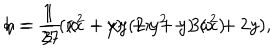
LaTeX: h = \frac { 1 } { 3 } \, ( x ^ { 2 } + x y + y ^ { 2 } - 3 a ^ { 2 } ) \hspace { 0 . 5 c m } q = \frac { 1 } { 2 7 } \, ( x - y ) \; ( 2 x + y ) \; ( x + 2 y ) ,